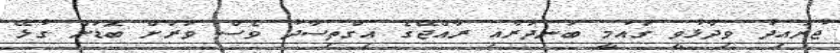
ޖުނައިދު ވިދާޅުވީ ގައުމީ ބަނދަރާއި ރާއްޖޭގެ އިގްތިސާދު ވެސް ވަރަށް ބޮޑަށް ގުޅޭ